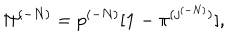
LaTeX: { \Pi } ^ { ( - N ) } = p ^ { ( - N ) } [ { \bf 1 } - { \pi } ^ { ( j ^ { ( - N ) } ) } ] ,